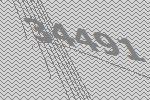
34491